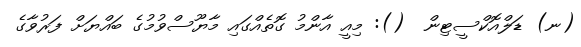
(ނ) ޑަލްއޮކްސީޓިން  (): މިއީ އާންމު ގޮތެއްގައި މާޔޫސްވުމުގެ ބައްޔަށް ފަރުވާގެ